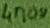
Text: 270u